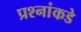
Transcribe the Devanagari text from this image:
प्रश्‍नांकडे